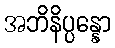
အဘိနိပ္ပန္နော